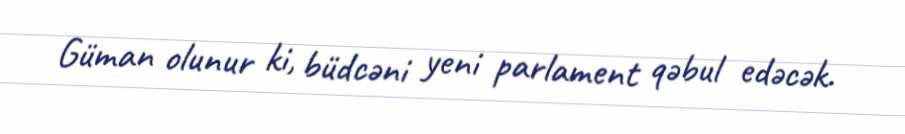
Güman olunur ki, büdcəni yeni parlament qəbul edəcək.